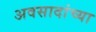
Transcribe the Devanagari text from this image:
अवसादांच्या